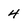
Character: 4